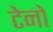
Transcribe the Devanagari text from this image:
टेनों